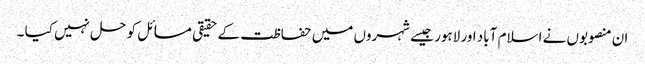
ان منصوبوں نے اسلام آباد اور لاہور جیسے شہروں میں حفاظت کے حقیقی مسائل کو حل نہیں کیا ۔